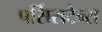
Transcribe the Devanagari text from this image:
पर्सिसटेन्स